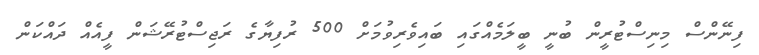
ފިނޭންސް މިނިސްޓުރީން ބުނީ ބީލަމެއްގައި ބައިވެރިވުމަށް 500 ރުފިޔާގެ ރަޖިސްޓުރޭޝަން ފީއެއް ދައްކަން